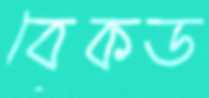
বেকড